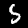
Digit: 5